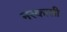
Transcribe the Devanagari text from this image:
नरकासी